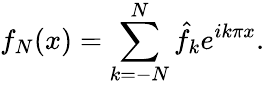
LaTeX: f_{N}(x)=\sum_{k=-N}^{N}\hat{f}_{k}e^{ik\pi x}.